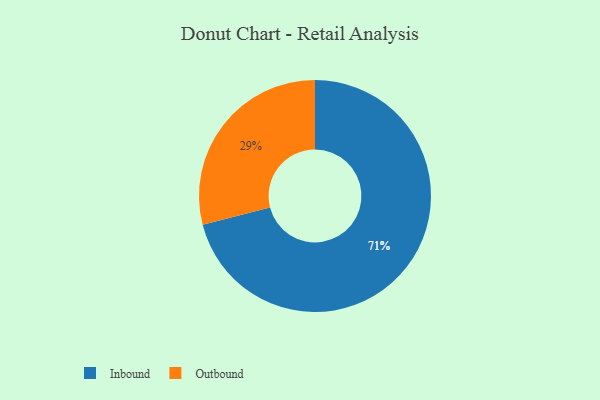
{"axis": {"x": "Category", "y": "Percentage"}, "legend": ["Inbound", "Outbound"], "data": [{"x": "Outbound", "y": 29, "type": "Outbound"}, {"x": "Inbound", "y": 71, "type": "Inbound"}]}